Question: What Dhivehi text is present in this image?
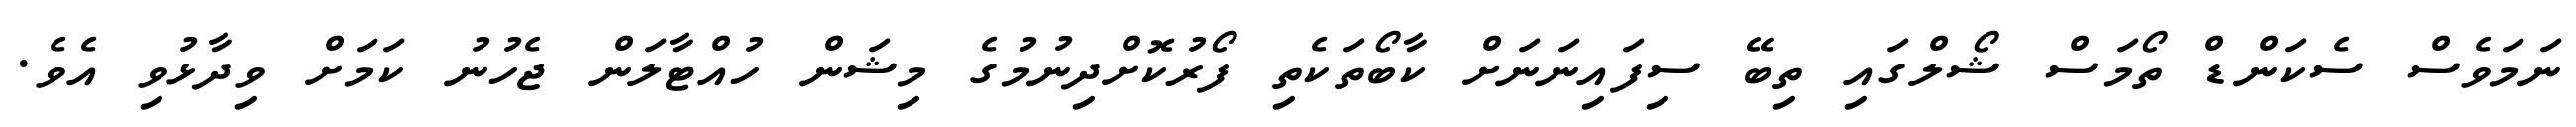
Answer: ނަމަވެސް ސެކަންޑް ތޯމަސް ޝޯލްގައި ތިބޭ ސިފައިނަނަށް ކާބޯތަކެތި ފޯރުކޮށްދިނުމުގެ މިޝަން ހުއްޓާލަން ޖެހުނު ކަމަށް ވިދާޅުވި އެވެ.